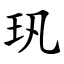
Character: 㺬